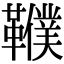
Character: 𩍩